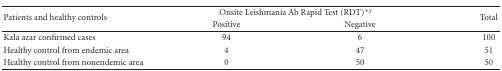
<table><thead><tr><td rowspan="2"><b>Patients and healthy controls</b></td><td colspan="2"><b>Onsite Leishmania Ab Rapid Test (RDT)<sup>∗<i>χ</i></sup></b></td><td rowspan="2"><b>Total</b></td></tr><tr><td><b>Positive</b></td><td><b>Negative</b></td></tr></thead><tbody><tr><td>Kala azar confirmed cases</td><td>94</td><td>6</td><td>100</td></tr><tr><td>Healthy control from endemic area</td><td>4</td><td>47</td><td>51</td></tr><tr><td>Healthy control from nonendemic area</td><td>0</td><td>50</td><td>50</td></tr></tbody></table>